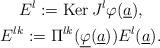
LaTeX: \begin{gather*}E^{l}:=\mbox{Ker}\,J^{l}\varphi(\underline{a}),\\E^{lk}:=\Pi^{lk}(\underline{\varphi}(\underline{a}))E^{l}(\underline{a}).\end{gather*}